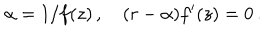
LaTeX: \alpha = 1 / f ( z ) \, , \quad ( r - \alpha ) f ^ { \prime } ( z ) = 0 \, .